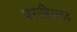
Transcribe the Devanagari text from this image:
पराहिमनद